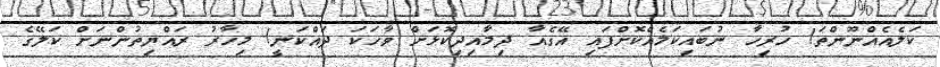
ކަލެއެއްނޫންތަ! ހުރިހާ ނުބައިކަމެއްކޮށްފައި އޭގެއާ ދިމާއިދިކޮޅަށް ވާހަކަ ދައްކަނީ! މިހާރު ރައްޔިތުންނަށް ކަލޭގެ